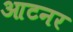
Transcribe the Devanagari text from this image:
आटनर